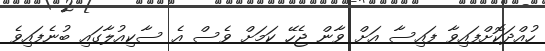
ހުއްދަކޮށްފައިވާ ފައިސާ އަށް ވާން ޖެހޭ ކަމަށް ވެސް އެ ސާކިއުލާގައި ބުނެފައިވެ